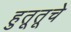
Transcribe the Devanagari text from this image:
हुतूतूचे